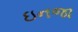
ઇનજા